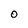
Character: 0